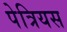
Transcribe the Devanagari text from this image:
पेत्रियस